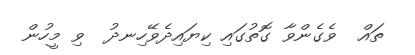
ތައް  ވެގެންވާ ގޮތުގައި ކިޔައިދެވޭހިނދު  ވި މީހުން